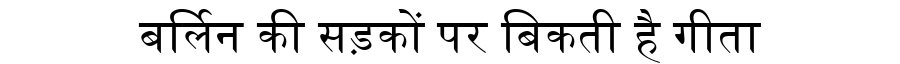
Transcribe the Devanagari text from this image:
बर्लिन की सड़कों पर बिकती है गीता